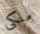
ملكى